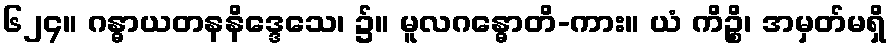
၆၂၄။ ဂန္ဓာယတနနိဒ္ဒေသေ၊ ၌။ မူလဂန္ဓောတိ-ကား။ ယံ ကိဉ္စိ၊ အမှတ်မရှိ